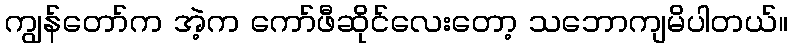
ကျွန်တော်က အဲ့က ကော်ဖီဆိုင်လေးတော့ သဘောကျမိပါတယ်။